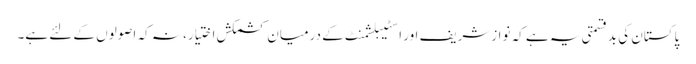
پاکستان کی بدقسمتی یہ ہے کہ نوازشریف اور اسٹیبلشمنٹ کے درمیان کشمکش اختیار، نہ کہ اصولوں کے لئے ہے۔